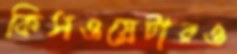
কিসওয়েটারও